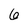
Character: 6